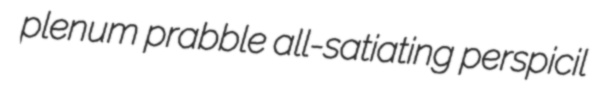
plenum prabble all-satiating perspicil